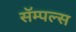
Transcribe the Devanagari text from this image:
सॅम्पल्स